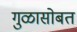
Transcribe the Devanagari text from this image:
गुळासोबत